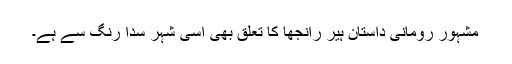
مشہور رومانی داستان ہیر رانجھا کا تعلق بھی اسی شہر سدا رنگ سے ہے۔